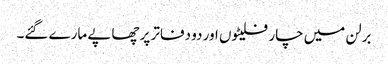
برلن میں چار فلیٹوں اور دو دفاتر پر چھاپے مارے گئے۔